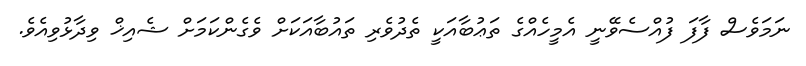
ނަމަވެސް ފާފަ ފުއްސެވޭނީ އެމީހެއްގެ ތަޢުބާއަކީ ތެދުވެރި ތައުބާއަކަށް ވެގެންކަމަށް ޝެއިޚް ވިދާޅުވިއެވެ.